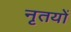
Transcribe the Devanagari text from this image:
नृतयों